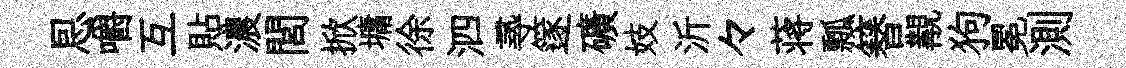
㤙嚼互貼濃閭掀墉徐泗𡬶篴礦妓沂々蒋瓢簮覯狗冕測